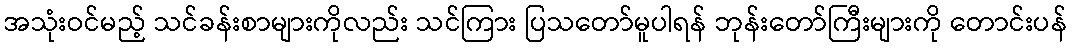
အသုံးဝင်မည့် သင်ခန်းစာများကိုလည်း သင်ကြား ပြသတော်မူပါရန် ဘုန်းတော်ကြီးများကို တောင်းပန်